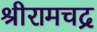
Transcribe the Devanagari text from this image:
श्रीरामचद्र